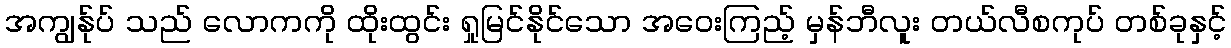
အကျွန်ုပ် သည် လောကကို ထိုးထွင်း ရှုမြင်နိုင်သော အဝေးကြည့် မှန်ဘီလူး တယ်လီစကုပ် တစ်ခုနှင့်